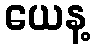
ယေန့